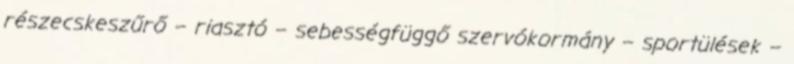
részecskeszűrő – riasztó – sebességfüggő szervókormány – sportülések –